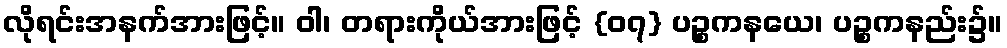
လိုရင်းအနက်အားဖြင့်။ ဝါ၊ တရားကိုယ်အားဖြင့် {၀၇} ပဉ္စကနယေ၊ ပဉ္စကနည်း၌။